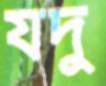
যদু